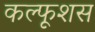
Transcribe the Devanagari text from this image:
कल्फूशस